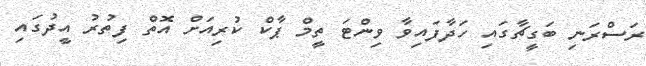
ރަސްރަނި ބަގީޗާގައި ހަދާފައިވާ ވިންޓަ ތީމް ޕާކް ކުރިއަށް އޮތް ފިތުރު އީދުގައި